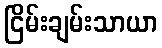
ငြိမ်းချမ်းသာယာ